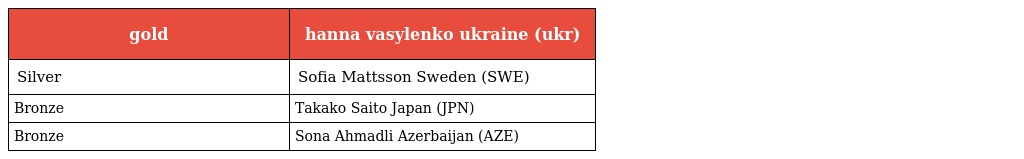
| gold | hanna vasylenko ukraine (ukr) |
 | --- | --- |
 | Silver | Sofia Mattsson Sweden (SWE) |
 | Bronze | Takako Saito Japan (JPN) |
 | Bronze | Sona Ahmadli Azerbaijan (AZE) |